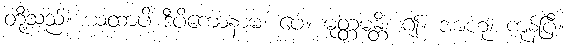
တို့သည်။ ယထာပိ ဒီပိကောနာမ၊ ပေ။ မုတ္တမန္တိ၊ ၍။ အာဟု၊ ကုန်ပြီ။